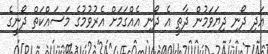
އަދި ދޯނި ދިޔަވަމުން ދާތީ އެ ދޯނި އެއްގަމަށް އެރުވުމުގެ މަސައްކަތް ދޯނީގެ